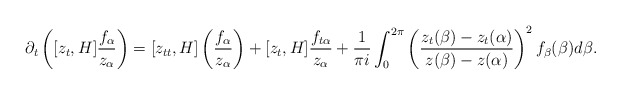
\begin{align*}\partial_{t}\left([z_{t},H]\frac{f_{\alpha}}{z_{\alpha}}\right)=[z_{tt},H]\left(\frac{f_{\alpha}}{z_{\alpha}}\right)+[z_{t},H]\frac{f_{t\alpha}}{z_{\alpha}}+\frac{1}{\pi i}\int_{0}^{2\pi}\left(\frac{z_{t}(\beta)-z_{t}(\alpha)}{z(\beta)-z(\alpha)}\right)^{2}f_{\beta}(\beta)d\beta.\end{align*}